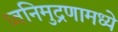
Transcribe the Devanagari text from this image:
ध्वनिमुद्रणामध्ये